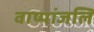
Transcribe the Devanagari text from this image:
वाष्पांजलि